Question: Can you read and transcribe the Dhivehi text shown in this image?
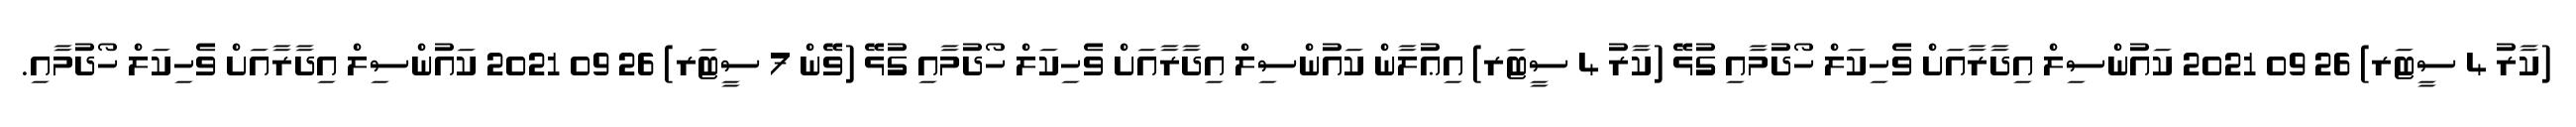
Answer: (ކާރު 4 ސީޓަރ) 26 09 2021 ކައުންސިލް އިދާރާއަށް ވެހިކަލް ހޯދުމާއި ގުޅޭ (ކާރު 4 ސީޓަރ) އިޢުލާން ކައުންސިލް އިދާރާއަށް ވެހިކަލް ހޯދުމާއި ގުޅޭ (ވޭން 7 ސީޓަރ) 26 09 2021 ކައުންސިލް އިދާރާއަށް ވެހިކަލް ހޯދުމާއި.